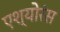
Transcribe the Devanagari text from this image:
एश्योरंस